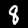
Label: 8